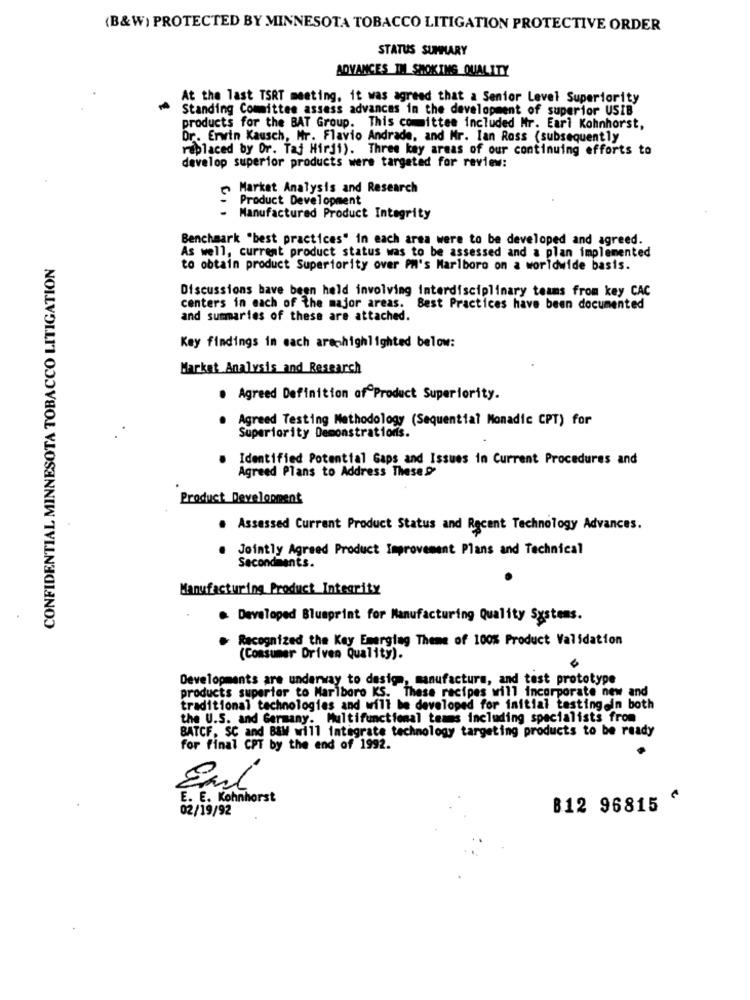
(B&W) PROTECTED BY MINNESOTA TOBACCO LITIGATION PROTECTIVE ORDER
STATUS SUMMARY
ADVANCES IM SMOKING QUALITY
At the last TSRT meeting, it was agreed that a Senior Level Superiority
Standing Committee assess advances in the development of superior USIB
products for the BAT Group. This committee included Mr. Earl Kohnhorst,
Dr. Erwin Kausch, Mr. Flavio Andrade, and Mr. Ian Ross (subsequently
replaced by Or. Taj Hirdi). Three key areas of our continuing efforts to
develop superior products were targeted for review:
> Market Analysis and Research
Product Development
- Manufactured Product Integrity
Benchmark "best practices" in each area were to be developed and agreed.
As well, current product status was to be assessed and a plan implemented
CONFIDENTIAL MINNESOTA TOBACCO LITIGATION
to obtain product Superiority over PM's Marlboro on a worldwide basis.
Discussions bave been held involving interdisciplinary teams from key CAC
centers in each of the major areas.
Best Practices have been documented
and summaries of these are attached.
Key findings in mach arechighlighted below:
Market Analysis and Research
. Agreed Definition of Product Superiority.
Agreed Testing Methodology (Sequential Monadic CPT) for
Superiority Demonstrations.
Identified Potential Gaps and Issues in Current Procedures and
Agreed Plans to Address These ?
Product Development
. Assessed Currant Product Status and Recent Technology Advances.
Jointly Agreed Product Improvement Plans and Technical
Secondments.
Manufacturing Product_Integrity
Developed Blueprint for Manufacturing Quality Systems.
Recognized the Kay Emerging Theme of 100% Product Validation
(Consumer Driven Quality).
Developments are underway to design, manufactura, and test prototype
products superior to Marlboro KS. These recipes will incorporate new and
traditional technologies and will be developed for initial testing in both
the U.S. and Germany. Multifunctional teams including specialists from
BATCF, SC and B&W will integrate technology targeting products to be ready
for final CPT by the end of 1992.
E. E. Kohnhorst
02/19/92
B12 96815